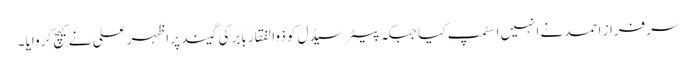
سرفراز احمد نے انہیں اسٹمپ کیا جبکہ پیٹر سیڈل کو ذوالفقار بابر کی گیند پر اظہر علی نے کیچ کروایا ۔